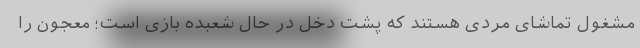
مشغول تماشای مردی هستند که پشت دخل در حال شعبده بازی است؛ معجون را